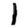
Digit: 1